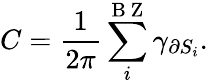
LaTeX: C=\frac{1}{2\pi}\sum_{i}^{\mathrm{~B~Z~}}\gamma_{\partial S_{i}}.